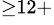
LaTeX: ^{\ge 12+}